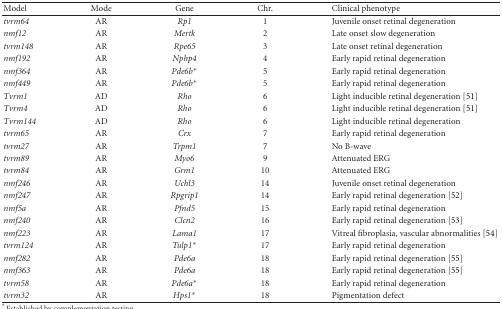
| Model | Mode | Gene | Chr. | Clinical Phenotype |
 | --- | --- | --- | --- | --- |
 | tvrm64 | AR | Rp1 | 1 | Juvenile onset retinal degeneration |
 | nmf12 | AR | Mertk | 2 | Late onset slow degeneration |
 | tvrm148 | AR | Rpe65 | 3 | Late onset retinal degeneration |
 | nmf192 | AR | Nphp4 | 4 | Early rapid retinal degeneration |
 | nmf364 | AR | Pde6b* | 5 | Early rapid retinal degeneration |
 | nmf449 | AR | Pde6b* | 5 | Early rapid retinal degeneration |
 | Tvrm1 | AD | Rho | 6 | Light inducible retinal degeneration [51] |
 | Tvrm4 | AD | Rho | 6 | Light inducible retinal degeneration [51] |
 | Tvrm144 | AD | Rho | 6 | Light inducible retinal degeneration |
 | tvrm65 | AR | Crx | 7 | Early rapid retinal degeneration |
 | tvrm27 | AR | Trpm1 | 7 | No B-wave |
 | tvrm89 | AR | Myo6 | 9 | Attenuated ERG |
 | tvrm84 | AR | Grm1 | 10 | Attenuated ERG |
 | nmf246 | AR | Uchl3 | 14 | Juvenile onset retinal degeneration |
 | nmf247 | AR | Rpgrip1 | 14 | Early rapid retinal degeneration [52] |
 | nmf5a | AR | Pfnd5 | 15 | Early rapid retinal degeneration |
 | nmf240 | AR | Clcn2 | 16 | Early rapid retinal degeneration [53] |
 | nmf223 | AR | Lama1 | 17 | Vitreal fibroplasia, vascular abnormalities [54] |
 | tvrm124 | AR | Tulp1* | 17 | Early rapid retinal degeneration |
 | nmf282 | AR | Pde6a | 18 | Early rapid retinal degeneration [55] |
 | nmf363 | AR | Pde6a | 18 | Early rapid retinal degeneration [55] |
 | tvrm58 | AR | Pde6a* | 18 | Early rapid retinal degeneration |
 | tvrm32 | AR | Hps1* | 18 | Pigmentation defect |